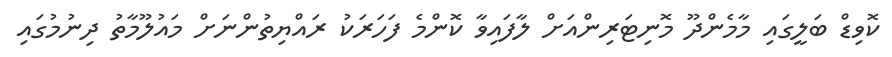
ކޮވިޑް ބަލީގައި މާމެންދޫ މޮނިޓަރިންއަށް ލާފައިވާ ކޮންމެ ފަހަރަކު ރައްޔިތުންނަށް މައުލޫމާތު ދިނުމުގައި